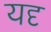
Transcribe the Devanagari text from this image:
यदृ